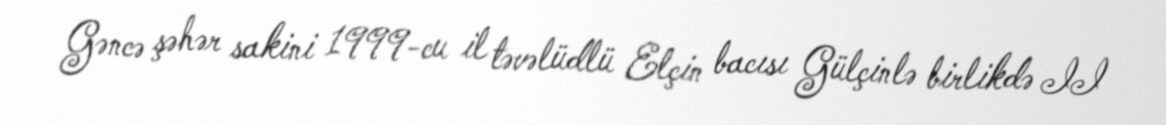
Gəncə şəhər sakini 1999-cu il təvəlüdlü Elçin bacısı Gülçinlə birlikdə II